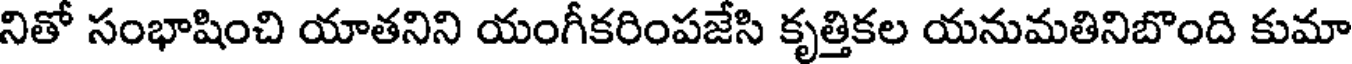
నితో సంభాషించి యాతనిని యంగీకరింపజేసి కృత్తికల యనుమతినిబొంది కుమా